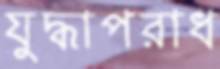
যুদ্ধাপরাধ